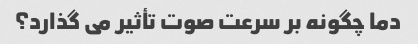
دما چگونه بر سرعت صوت تأثیر می گذارد؟